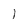
Character: 1